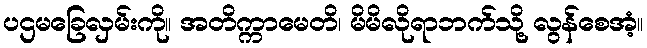
ပဌမခြေလှမ်းကို။ အတိက္ကာမေတိ၊ မိမိလိုရာဘက်သို့ လွန်စေအံ့။